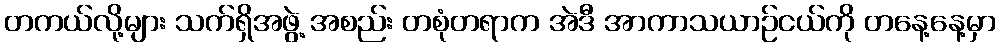
တကယ်လို့များ သက်ရှိအဖွဲ့ အစည်း တစုံတရာက အဲဒီ အာကာသယာဉ်ငယ်ကို တနေ့နေ့မှာ